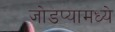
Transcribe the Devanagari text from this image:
जोडप्यामध्ये